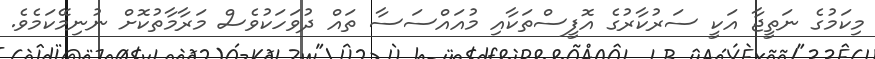
މިކަމުގެ ނަތީޖާ އަކީ ސަރުކާރުގެ އޮފީސްތަކާއި މުއައްސަސާ ތައް ދުވަހަކުވެސް މަރާމާތުކޮށް ނުނިމޭކަމެވެ.